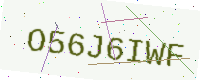
Text: O56J6IWF